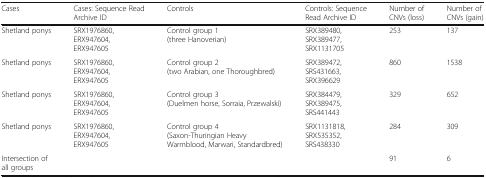
<table><thead><tr><td><b>Cases</b></td><td><b>Cases: Sequence Read Archive ID</b></td><td><b>Controls</b></td><td><b>Controls: Sequence Read Archive ID</b></td><td><b>Number of CNVs (loss)</b></td><td><b>Number of CNVs (gain)</b></td></tr></thead><tbody><tr><td>Shetland ponys</td><td>SRX1976860, ERX947604, ERX947605</td><td>Control group 1 (three Hanoverian)</td><td>SRX389480, SRX389477, SRX1131705</td><td>253</td><td>137</td></tr><tr><td>Shetland ponys</td><td>SRX1976860, ERX947604, ERX947605</td><td>Control group 2 (two Arabian, one Thoroughbred)</td><td>SRX389472, SRS431663, SRX396629</td><td>860</td><td>1538</td></tr><tr><td>Shetland ponys</td><td>SRX1976860, ERX947604, ERX947605</td><td>Control group 3 (Duelmen horse, Sorraia, Przewalski)</td><td>SRX384479, SRX389475, SRS441443</td><td>329</td><td>652</td></tr><tr><td>Shetland ponys</td><td>SRX1976860, ERX947604, ERX947605</td><td>Control group 4 (Saxon-Thuringian Heavy Warmblood, Marwari, Standardbred)</td><td>SRX1131818, SRX535352, SRS438330</td><td>284</td><td>309</td></tr><tr><td>Intersection of all groups</td><td></td><td></td><td></td><td>91</td><td>6</td></tr></tbody></table>